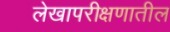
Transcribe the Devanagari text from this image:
लेखापरीक्षणातील